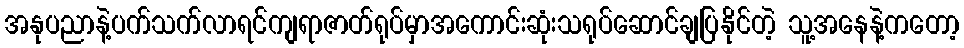
အနုပညာနဲ့ပက်သက်လာရင်ကျရာဇာတ်ရုပ်မှာအကောင်းဆုံးသရုပ်ဆောင်ချပြနိုင်တဲ့ သူ့အနေနဲ့ကတော့